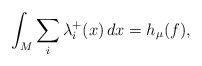
\begin{align*} \int_M \sum_i \lambda_i^+(x)\, dx= h_\mu(f),\end{align*}